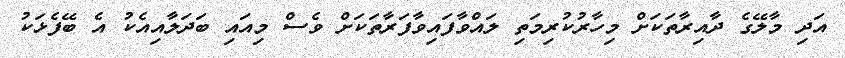
އަދި މާލޭގެ ދާއިރާތަކަށް މިހާރުކުރިމަތި ލައްވާފައިވާފަރާތަކަށް ވެސް މިއައި ބަދަލާއިއެކު އެ ބޭފެޅަކު